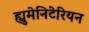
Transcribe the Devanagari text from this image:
ह्युमेनिटेरियन